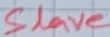
Text: Slave